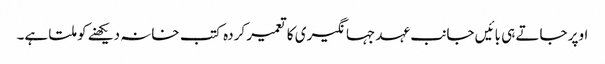
اوپر جاتے ہی بائیں جانب عہد جہانگیری کا تعمیر کردہ کتب خانہ دیکھنے کو ملتا ہے۔